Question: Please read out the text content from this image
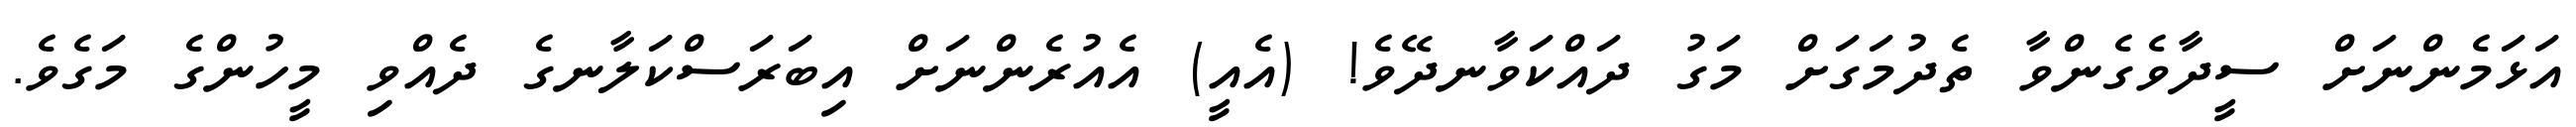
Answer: އަޅަމެންނަށް ސީދާވެގެންވާ ތެދުމަގަށް މަގު ދައްކަވާނދޭވެ! (އެއީ) އެއުރެންނަށް އިބަރަސްކަލާނގެ ދެއްވި މީހުންގެ މަގެވެ.